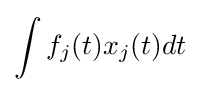
\int f_{j}(t)x_{j}(t)dt